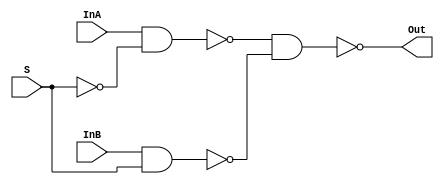
module mux2_1(InA, InB, S, Out);
 
  input InA, InB; 
  input S; 
  output Out;

  wire notS, AS, BS;

  assign notS = ~S;  

  assign AS = ~(InA & notS);
  assign BS = ~(InB & S);

  assign Out = ~(AS & BS);
endmodule